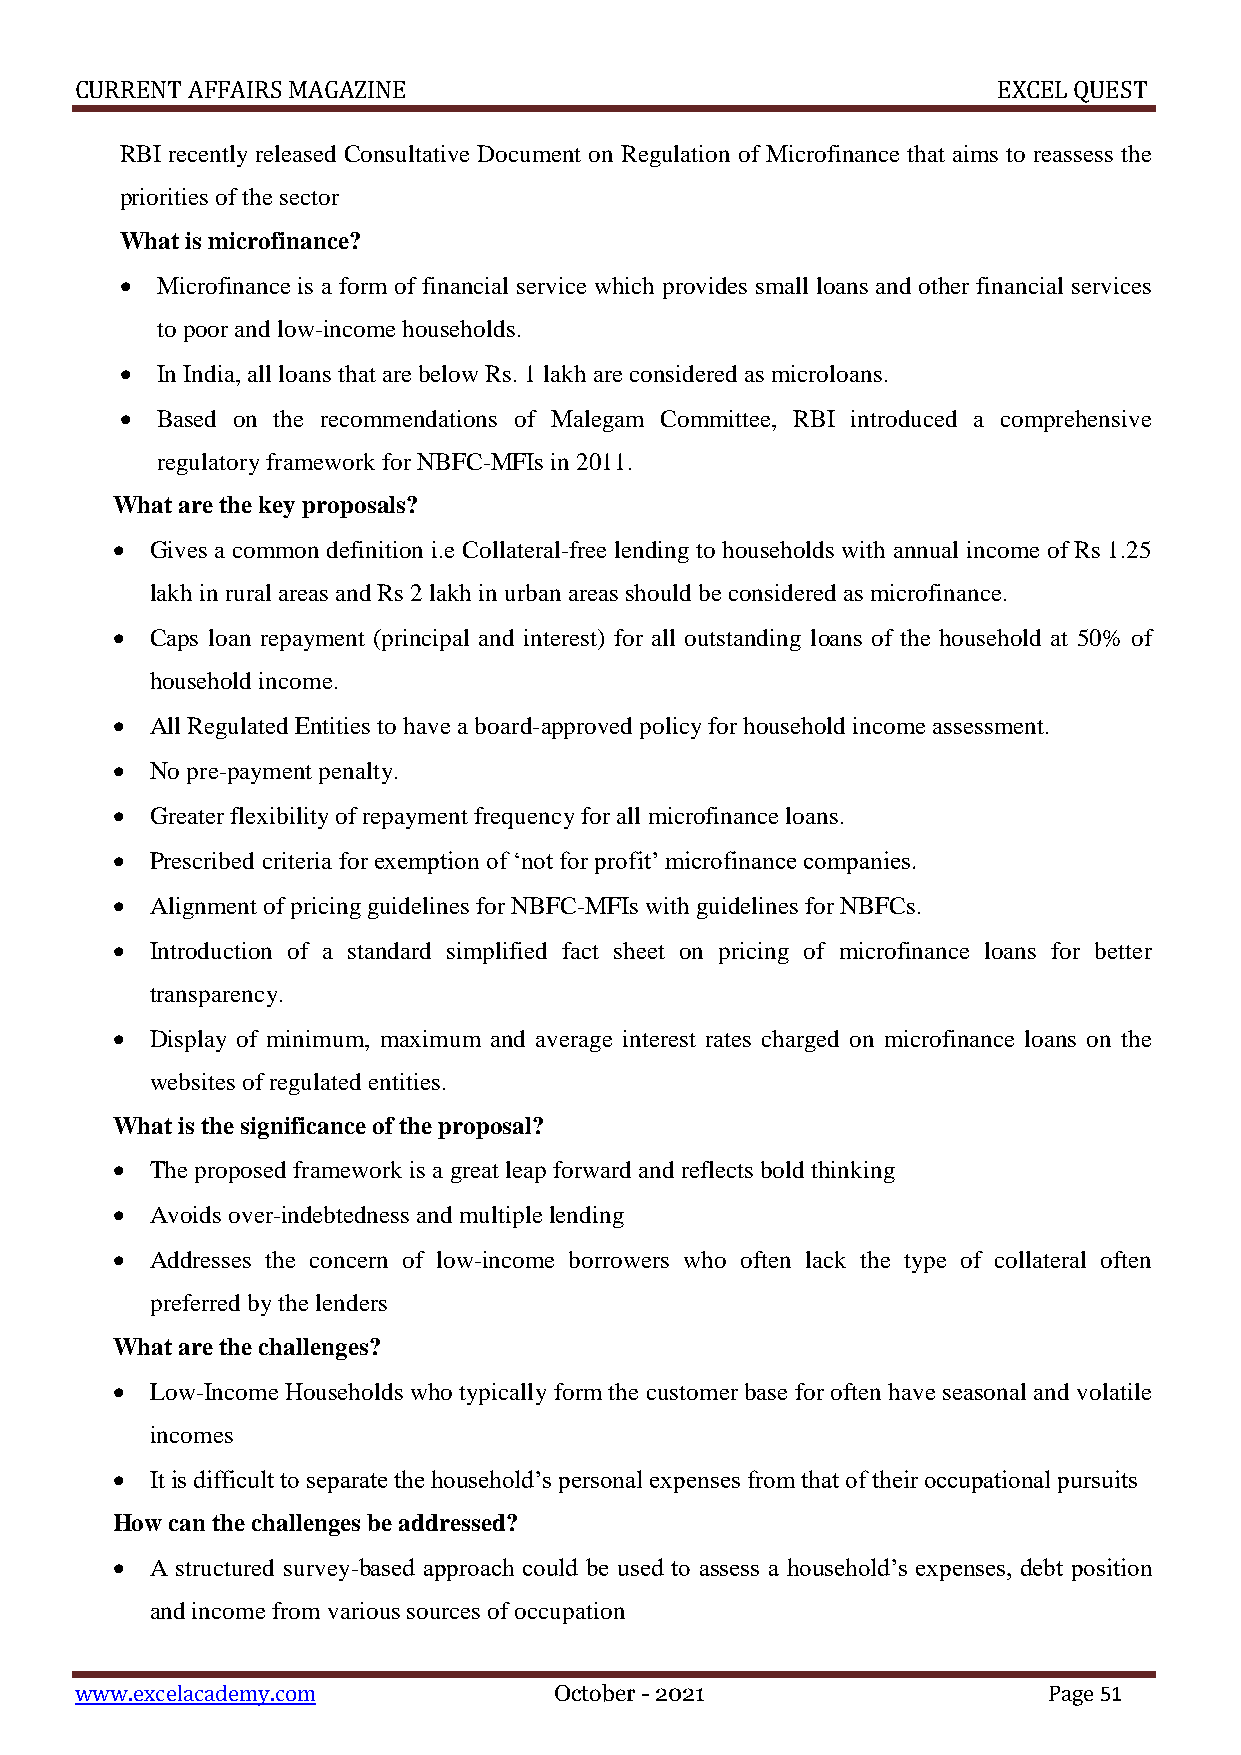
CURRENT AFFAIRS MAGAZINE                                     EXCEL QUEST
 RBI recently released Consultative Document on Regulation of Microfinance that aims to reassess the
 priorities of the sector
 What is microfinance?
  Microfinance is a form of financial service which provides small loans and other financial services
 to poor and low-income households.
  In India, all loans that are below Rs. 1 lakh are considered as microloans.
  Based on the recommendations of Malegam Committee, RBI introduced a comprehensive
 regulatory framework for NBFC-MFIs in 2011.
 What are the key proposals?
   Gives a common definition i.e Collateral-free lending to households with annual income of Rs 1.25
 lakh in rural areas and Rs 2 lakh in urban areas should be considered as microfinance.
   Caps loan repayment (principal and interest) for all outstanding loans of the household at 50% of
 household income.
   All Regulated Entities to have a board-approved policy for household income assessment.
   No pre-payment penalty.
   Greater flexibility of repayment frequency for all microfinance loans.
   Prescribed criteria for exemption of ‘not for profit’ microfinance companies.
   Alignment of pricing guidelines for NBFC-MFIs with guidelines for NBFCs.
   Introduction of a standard simplified fact sheet on pricing of microfinance loans for better
 transparency.
   Display of minimum, maximum and average interest rates charged on microfinance loans on the
 websites of regulated entities.
 What is the significance of the proposal?
   The proposed framework is a great leap forward and reflects bold thinking
   Avoids over-indebtedness and multiple lending
   Addresses the concern of low-income borrowers who often lack the type of collateral often
 preferred by the lenders
 What are the challenges?
   Low-Income Households who typically form the customer base for often have seasonal and volatile
 incomes
   It is difficult to separate the household’s personal expenses from that of their occupational pursuits
 How can the challenges be addressed?
   A structured survey-based approach could be used to assess a household’s expenses, debt position
 and income from various sources of occupation
 www.excelacademy.com            October - 2021                  Page 51